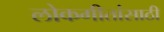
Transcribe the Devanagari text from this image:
लोकगीतांसाठी